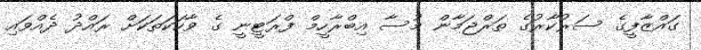
ގައްޒާފީގެ ސަރުކާރުގެ ތަރްޖަމާން މުސާ އިބްރާހީމް ފްރަޓީނީ ގެ ވާހަކަތަކަށް ރައްދު ދެއްވައި